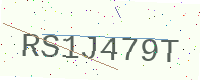
Text: RS1J479T